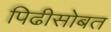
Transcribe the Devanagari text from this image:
पिढीसोबत